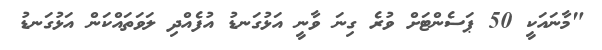
"މާނައަކީ 50 ޕަސެންޓަށް ވުރެ ގިނަ ވާނީ އަޅުގަނޑު އުފެއްދި ލަވަތައްކަން އަޅުގަނޑު